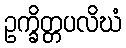
ဥက္ခိတ္တပလိဃံ